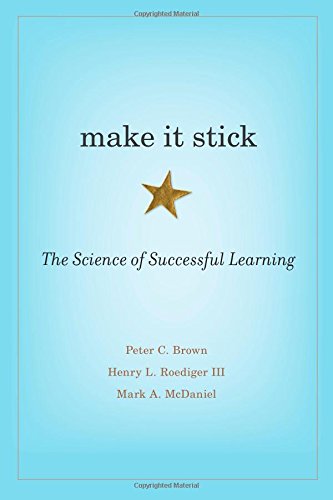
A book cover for Make It Stick: The Science of Successful Learning; Peter C. Brown; Test Preparation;